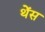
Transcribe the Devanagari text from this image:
थेंस